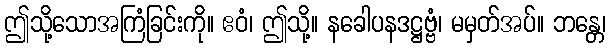
ဤသို့သောအကြံခြင်းကို။ ဧဝံ၊ ဤသို့။ နခေါပနဒဋ္ဌဗ္ဗံ၊ မမှတ်အပ်။ ဘန္တေ၊